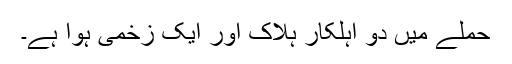
حملے میں دو اہلکار ہلاک اور ایک زخمی ہوا ہے۔